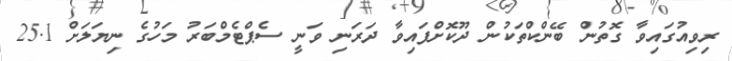
ރިވިއުގައިވާ ގޮތުން ބޭންކްތަކުން ދޫކޮށްފައިވާ ދަރަނި ވަނީ ސެޕްޓެމްބަރު މަހުގެ ނިޔަލަށް 25.1